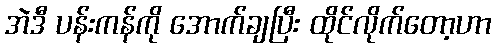
အဲဒီ ပန်းကန်ကို အောက်ချပြီး ထိုင်လိုက်တော့ဟာ